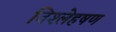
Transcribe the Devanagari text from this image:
विश्लेहषण